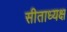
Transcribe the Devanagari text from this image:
सीताध्यक्ष